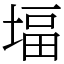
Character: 堛